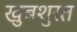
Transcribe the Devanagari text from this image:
खुबशुरत